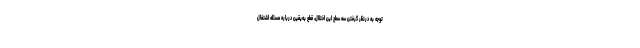
توجه به درنظر گرفتن سه سطح این اختلال، قطع به‌یقین درباره مسئله اشتغال